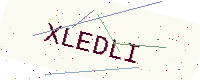
Text: XLEDLI